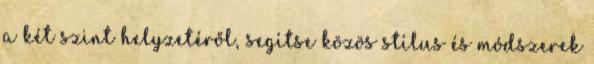
a két szint helyzetéről, segítse közös stílus és módszerek